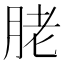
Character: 𦚱